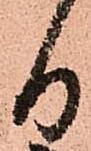
日